Insane asylums in Bengal annual reports 1876-1887 - 1876-1887
Year: 1876
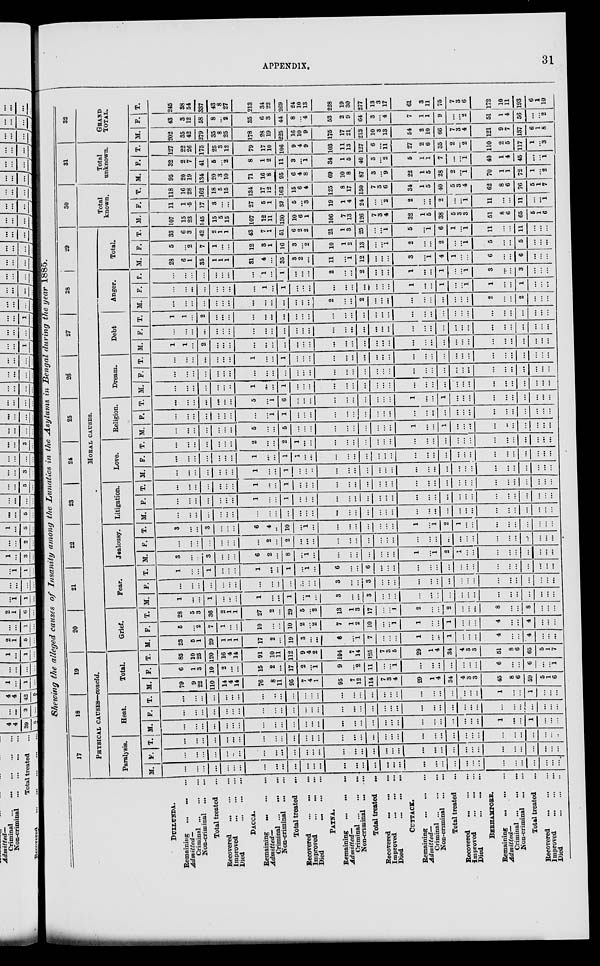
APPENDIX.
31
Showing the alleged causes of Insanity among the Lunatics in the Asylums in Bengal during the year 1885.
DULLUNDA.
Remaining
... ... ... ...
Admitted—
Criminal
...
...
...
Non-criminal
...
...
Total treated ...
Recovered ... ... ...
Improved ... ... ...
Died
...
...
...
DACCA.
Remaining
...
...
...
Admitted—
Criminal ... ... ...
Non-criminal
...
...
Total treated
...
Recovered ... ... ...
Improved ... ... ...
Died ... ... ...
PATNA.
Remaining ... ... ... ...
Admitted—
Criminal ... ... ...
Non-criminal
...
...
Total treated
Recovered ... ... ...
Improved
...
...
...
Died
...
...
...
CUTTACK.
Remaining
...
...
...
Admitted—
Criminal
...
...
...
Non-criminal
...
...
Total treated ...
Recovered
...
...
...
Improved
...
...
...
Died
...
...
...
BERHAMPORE.
Remaining
...
...
...
Admitted—
Criminal ...
...
...
Non-criminal
...
...
Total treated ...
Recovered ... ... ...
Improved
...
...
...
Died
...
...
...
17
18
19
PHYSICAL CAUSES—concld.
Paralysis.
M.
...
...
...
...
...
...
...
...
...
...
...
...
...
...
...
...
...
...
...
...
...
...
...
...
...
...
...
...
...
...
...
...
...
F.
...
...
...
...
...
...
...
...
...
....
...
...
...
...
...
...
...
...
...
...
...
...
...
...
...
...
...
...
...
...
...
...
...
...
...
Heat.
T. |M.
...
...
...
...
...
...
...
...
...
...
...
...
...
...
...
...
...
...
...
...
...
...
...
...
...
...
...
...
...
...
...
...
...
...
...
...
...
...
...
...
...
...
...
...
...
...
...
. ..
. ..
...
...
...
...
...
...
...
...
...
...
...
...
...
...
1
...
...
1
...
...
...
F.
...
...
...
...
...
...
...
...
...
...
...
...
...
...
...
...
...
...
...
...
...
...
...
...
...
...
...
...
...
...
...
...
...
...
...
T.
...
...
...
...
...
...
...
...
..
...
...
...
...
...
...
...
...
...
...
...
...
...
...
...
...
...
...
...
1
...
...
1
...
...
...
Total.
M.
79
9
22
110
14
4
14
76
8
11
95
7
4
1
95
7
12
114
7
3
4
29
1
4
34
4
3
3
45
8
6
59
5
1
6
F.
6
1
3
10
2
...
...
15
2
...
17
2
...
1
9
...
2
11
...
...
1
...
...
...
...
...
...
...
6
...
...
6
...
...
1
T.
85
10
25
120
16
4
14
91
10
11
112
9
4
2
104
7
14
125
7
3
5
29
1
4
34
4
3
3
51
8
6
65
5
1
7
20
21
22
23
24
25
26
27
28
29
MORAL
CAUSES.
Grief.
M.
23
5
1
29
1
1
1
17
2
...
19
3
...
...
6
...
1
7
...
...
...
1
...
...
1
...
...
...
4
...
...
4
...
...
...
F.
5
...
2
7
1
...
...
10
...
...
10
2
...
2
7
1
2
10
...
...
1
1
...
...
1
...
...
...
4
...
...
4
...
...
...
Fear.
T. M.
28
5
3
36
2
1
1
27
2
...
29
5
...
2
13
1
3
17
...
...
1
2
...
...
2
...
...
...
8
...
...
8
...
...
...
1
...
...
1
...
...
...
1
...
...
1
...
1
...
3
...
...
3
...
...
...
...
...
...
...
...
...
...
...
...
...
...
...
...
...
F.
...
...
...
...
...
...
...
...
...
...
...
...
...
...
3
...
...
3
...
...
...
...
...
...
...
...
...
...
...
...
...
...
...
...
...
T.
1
...
...
1
...
...
...
1
...
...
1
...
1
...
6
...
...
6
...
...
...
...
...
...
...
...
...
...
...
...
...
...
...
...
...
Jealousy.
M.
3
...
...
3
...
...
...
6
2
...
8
...
1
...
...
...
...
...
...
...
...
1
1
...
2
...
...
...
...
...
...
...
...
...
...
F.
...
...
...
...
...
...
...
...
2
2
...
...
...
...
...
...
...
...
...
...
...
...
...
...
...
...
...
...
...
...
...
...
...
...
T.
3
...
...
3
...
...
...
6
4
..
10
. ..
1
...
...
...
...
...
...
...
...
1
1
...
2
1
...
...
...
...
...
...
...
...
...
Litigation.
M.
...
...
...
...
...
...
...
...
...
...
...
...
...
...
...
...
...
...
...
...
...
...
...
...
...
...
...
...
...
...
...
...
...
...
...
F.
...
...
...
...
...
...
...
1
...
...
1
...
...
...
...
...
...
...
...
...
...
...
...
...
...
...
...
...
...
...
...
...
...
...
...
Love.
T. M. F.
...
...
...
...
...
...
...
1
...
1
...
...
...
...
...
...
...
...
...
...
...
...
...
...
...
...
...
...
...
...
...
...
...
...
...
...
...
...
...
...
...
1
...
...
1
...
...
..
...
...
...
...
...
...
...
...
...
...
...
...
...
...
...
...
...
...
...
...
...
...
...
...
...
...
...
...
1
...
...
1
1
...
...
...
...
...
...
...
...
...
...
...
...
...
...
...
...
...
...
...
...
...
...
...
T.
...
...
...
...
...
...
...
2
...
...
2
1
...
...
...
...
...
...
...
...
...
...
...
...
...
...
...
...
...
...
...
...
...
...
Religion.
M.
...
...
...
...
...
...
...
5
...
...
5
...
...
...
...
...
...
...
...
...
...
1
...
...
1
...
...
...
...
..
...
...
...
...
...
F.
...
...
...
...
...
...
...
...
...
1
1
...
...
...
...
...
...
...
...
...
. ..
...
...
...
...
...
...
...
...
...
...
...
...
...
...
T.
...
...
...
...
...
...
...
5
...
1
6
...
...
...
...
...
...
...
...
...
...
1
...
...
1
...
...
...
...
...
...
...
...
...
...
Dream.
M.
...
...
...
...
...
...
...
1
...
...
1
...
...
...
...
...
...
...
...
...
...
...
...
...
...
...
. ..
...
...
...
...
...
...
...
...
F.
...
...
...
...
...
...
...
...
...
...
...
...
...
...
...
...
...
...
...
...
...
...
...
...
...
...
...
. ..
...
...
...
...
...
...
...
T.
...
... ... ...
...
...
...
1
...
...
1
...
...
...
...
...
...
...
...
...
...
...
...
...
...
...
...
...
...
...
...
...
...
...
...
Debt
M.
1
1
... 2
...
...
...
...
... ...
...
...
...
...
...
...
...
...
...
...
...
...
...
...
...
...
...
...
...
...
...
...
...
...
...
F.
...
... ...
...
...
...
...
...
...
...
...
...
...
...
...
...
...
...
...
...
...
...
...
...
...
...
...
...
...
...
...
...
...
...
...
T.
1
1
2
...
...
...
...
...
...
...
...
...
...
...
...
...
...
...
...
...
...
...
...
...
...
...
...
...
. ..
...
...
...
...
...
Anger.
M.
. ..
...
...
...
...
...
...
...
...
...
...
...
...
...
2
...
...
2
...
...
...
...
...
...
...
...
...
...
2
...
...
2
...
...
...
F.
...
...
...
...
...
...
...
...
1
...
1
...
...
...
...
...
...
...
...
...
1
...
...
1
...
...
1
1
...
...
1
...
...
...
T.
...
...
...
...
...
...
...
...
1
...
1
...
...
...
2
...
...
2
...
...
...
1
...
...
1
...
...
1
3
...
...
3
...
...
...
Total.
M.
28
6
1
35
1
1
1
31
4
...
35
3
2
...
11
...
1
12
...
...
...
3
1
...
4
1
...
...
6
...
...
6
...
...
...
F.
5
...
2
7
1
...
...
12
3
1
16
3
...
2
10
1
2
13
...
...
1
2
...
...
2
...
...
1
5
...
...
5
...
...
...
T.
33
6
3
42
2
1
1
43
7
1
51
6
2
2
21
1 3
25
...
...
1
5
1
...
6
1
1
1
11
...
...
11
...
...
...
30
Total
known.
M.
107
15
23
145
15
5
15
107
12
11
130
10
6
1
106
7
13
126
7
3
4
32
1
5
38
5
3
3
51
8
6
65
5
1
6
F.
11
1
5
17
3
...
...
27
5
1
33
5
...
3
19
1
4
24
...
...
2
2
...
...
2
...
...
1
11
...
...
11
...
...
1
T.
118
16 28
162
18
5
15
134
17
12
163
15
6
4
125
8
17
150
7
3
6
34
1
5
40
5
3
4
62
8
6
76
5
1
7
31
Total
unknown.
M.
95
20
19
134
20
3
10
71
16
8
95
6
4
8
69
10
8
87
3
...
9
22
1
5
28
2
...
1
70
1
1
72
1
...
2
F.
32
2
7
41
5
...
2
8
1
2
11
3
...
1
34
1
5
40
3
...
2
6
1
1
7
...
...
1
40
1
4
45
...
...
1
T.
127
22
26
175
25
3
12
79
17
10
106
9
4
9
103
11
13
127
6
...
11
27
2
6
35
2
...
2
110
2
5
117
1
...
3
32
GRAND
TOTAL.
M.
202
35
42
279
35
8
25
178
28
19
225
16
10
9
175
17
21
213
10
3
13
54
2
10
66
7
3
4
121
9
7
137
6
1
8
F.
43
3
12
58
8
...
2
35
6
3
T.
245
38
54
337
43
8
27
213
34
22
44 269
8
4
53
2
9
64
3
...
4
7
1
1
9
...
...
2
51
1
4
56
...
...
2
24
10
13
228
19
30
277
13
3
17
61
3
11
75
7
3
6
172
10
11
193
6
1
10